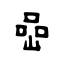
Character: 嵒